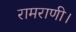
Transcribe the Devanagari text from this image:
रामराणी।